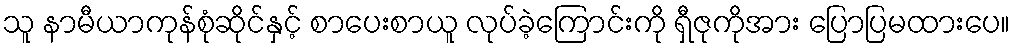
သူ နာမီယာကုန်စုံဆိုင်နှင့် စာပေးစာယူ လုပ်ခဲ့ကြောင်းကို ရှီဇုကိုအား ပြောပြမထားပေ။